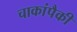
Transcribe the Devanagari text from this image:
चाकांपैकी